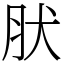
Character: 肰